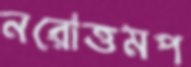
নরোত্তমপ